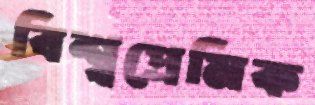
বিশ্বপ্রেমিক